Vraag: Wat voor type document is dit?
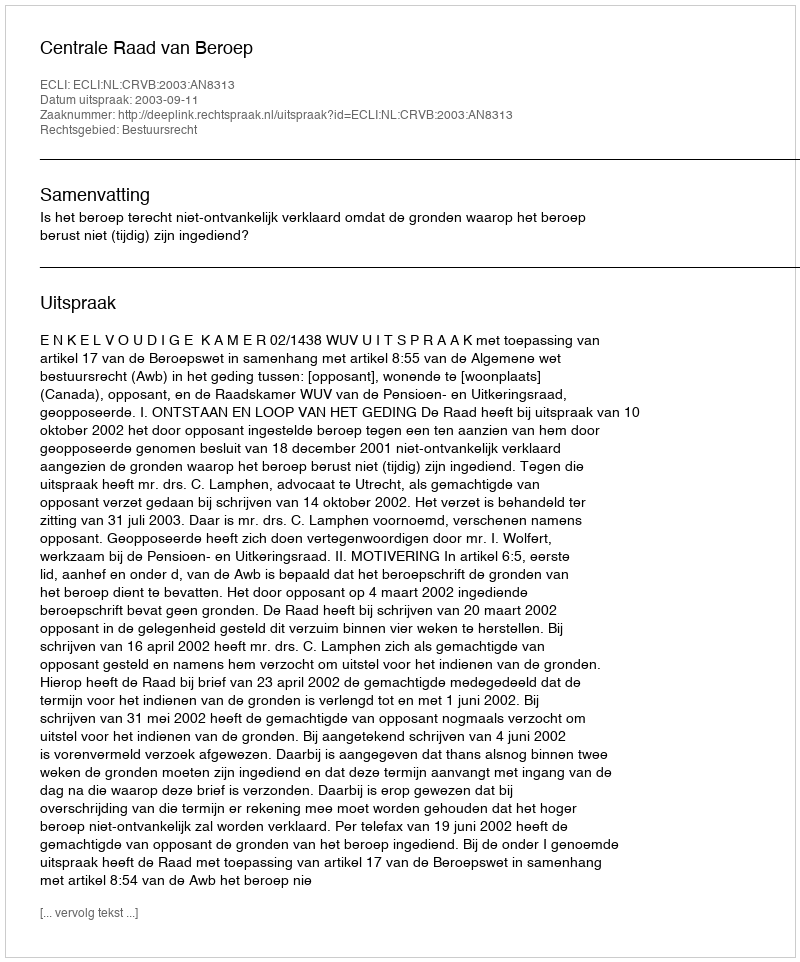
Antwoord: Uitspraak